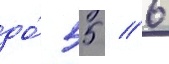
до́ 55 / 6